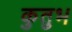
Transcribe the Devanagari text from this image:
कुतुभ